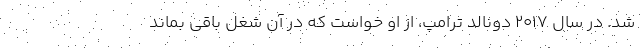
شد. در سال ۲۰۱۷ دونالد ترامپ، از او خواست که در آن شغل باقی بماند